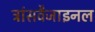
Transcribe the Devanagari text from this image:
ट्रांसवैजाइनल